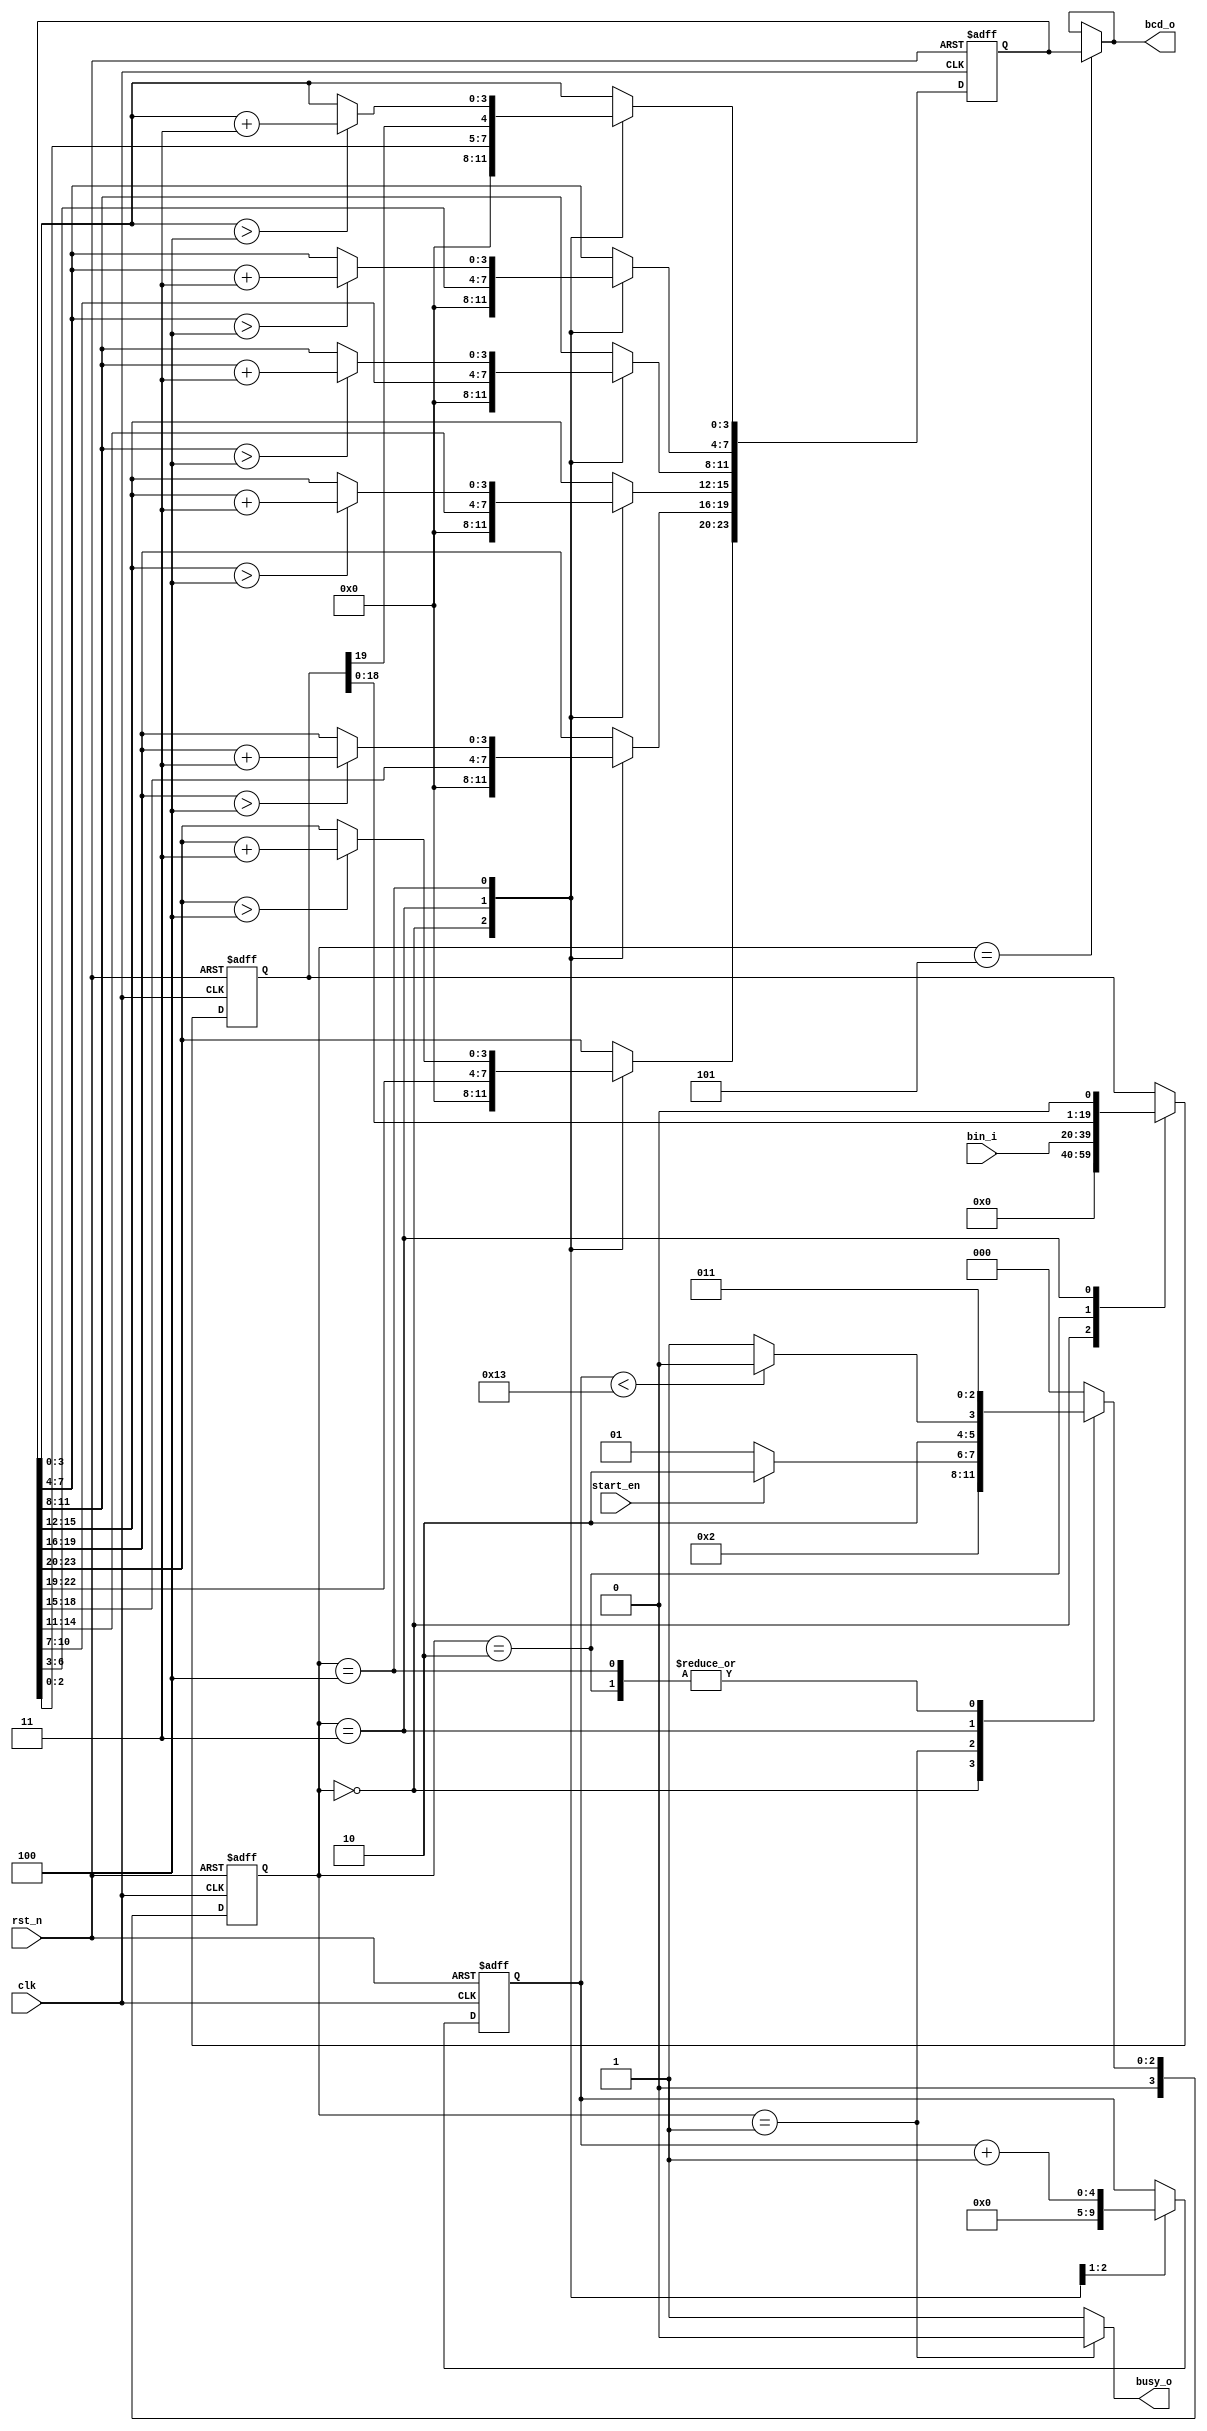
/******************************
******************************/

module bin2bcd(
    rst_n,
    clk,
    start_en,
    busy_o,
    bin_i,
    bcd_o
);
//==========================
// define
//==========================
`define IDLE    0
`define WAIT    1
`define START   2
`define LOOPA   3
`define LOOPB   4
`define FINISH  5

//==========================
// input & output
//==========================
input           rst_n;
input           clk;
input           start_en;
output          busy_o;
input  [19:0]   bin_i;
output [23:0]   bcd_o;

//===========================
// register & signal
//===========================
reg [3:0] state;
reg [4:0] loop_cnt;
reg [23:0] bcd_buf;
reg [19:0] bin_i_lock;

//===========================
// logic 
//===========================
assign busy_o = (state == `WAIT) ? 1'b0 : 1'b1;
assign bcd_o = (state == `FINISH) ? bcd_buf: bcd_o;
always @(posedge clk or negedge rst_n) begin
    if (~rst_n) begin
        state <= `IDLE;
        loop_cnt <= 'b0;
        bin_i_lock <= 'b0;
        bcd_buf <= 'b0;
    end else begin
        case (state)
            `IDLE  : begin
                state <= `WAIT;
                loop_cnt <= 'b0;
                bin_i_lock <= 'b0;
                bcd_buf <= 'b0;
            end
            `WAIT  : begin
                state <= start_en ? `START : `WAIT;
                // bin_i_lock <= bin_i;
            end
            `START : begin 
                state <= `LOOPA;
                bin_i_lock <= bin_i;
            end
            `LOOPA : begin
                state <= (loop_cnt < 5'd19) ? `LOOPB : `FINISH;
                loop_cnt <= loop_cnt + 1'b1;
                bin_i_lock <= {bin_i_lock[18:0],1'b0};
                bcd_buf <= {bcd_buf[22:0],bin_i_lock[19]};
            end
            `LOOPB : begin 
                state <= `LOOPA;
                bcd_buf[3:0]   <= add3(bcd_buf[3:0]);
                bcd_buf[7:4]   <= add3(bcd_buf[7:4]);
                bcd_buf[11:8]  <= add3(bcd_buf[11:8]);
                bcd_buf[15:12] <= add3(bcd_buf[15:12]);
                bcd_buf[19:16] <= add3(bcd_buf[19:16]);
                bcd_buf[23:20] <= add3(bcd_buf[23:20]);
            end
            `FINISH: state <= `IDLE;
            default: state <= `IDLE;
        endcase
    end
end

function [3:0] add3;
    input [3:0] in;
    begin
        if(in > 4'd4)
            add3 = in + 4'd3;
        else
            add3 = in;
    end
endfunction


endmodule //bin2bcd